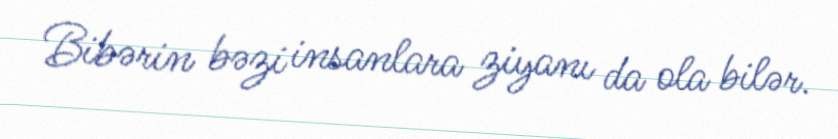
Bibərin bəzi insanlara ziyanı da ola bilər.